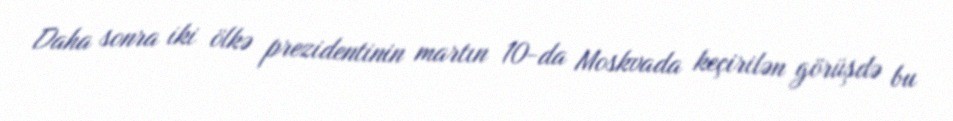
Daha sonra iki ölkə prezidentinin martın 10-da Moskvada keçirilən görüşdə bu